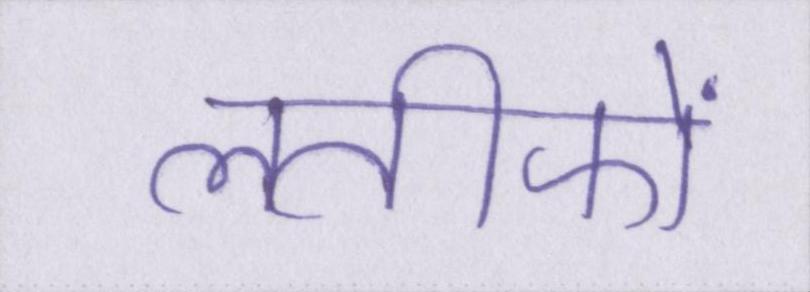
लतीफों